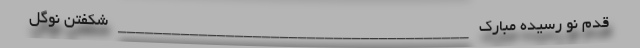
قدم نو رسیده مبارک _______________________________________ شکفتن نوگل